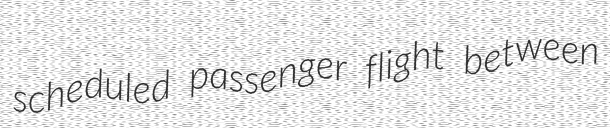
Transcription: scheduled passenger flight between